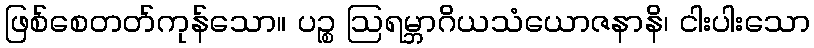
ဖြစ်စေတတ်ကုန်သော။ ပဉ္စ ဩရမ္ဘာဂိယသံယောဇနာနိ၊ ငါးပါးသော